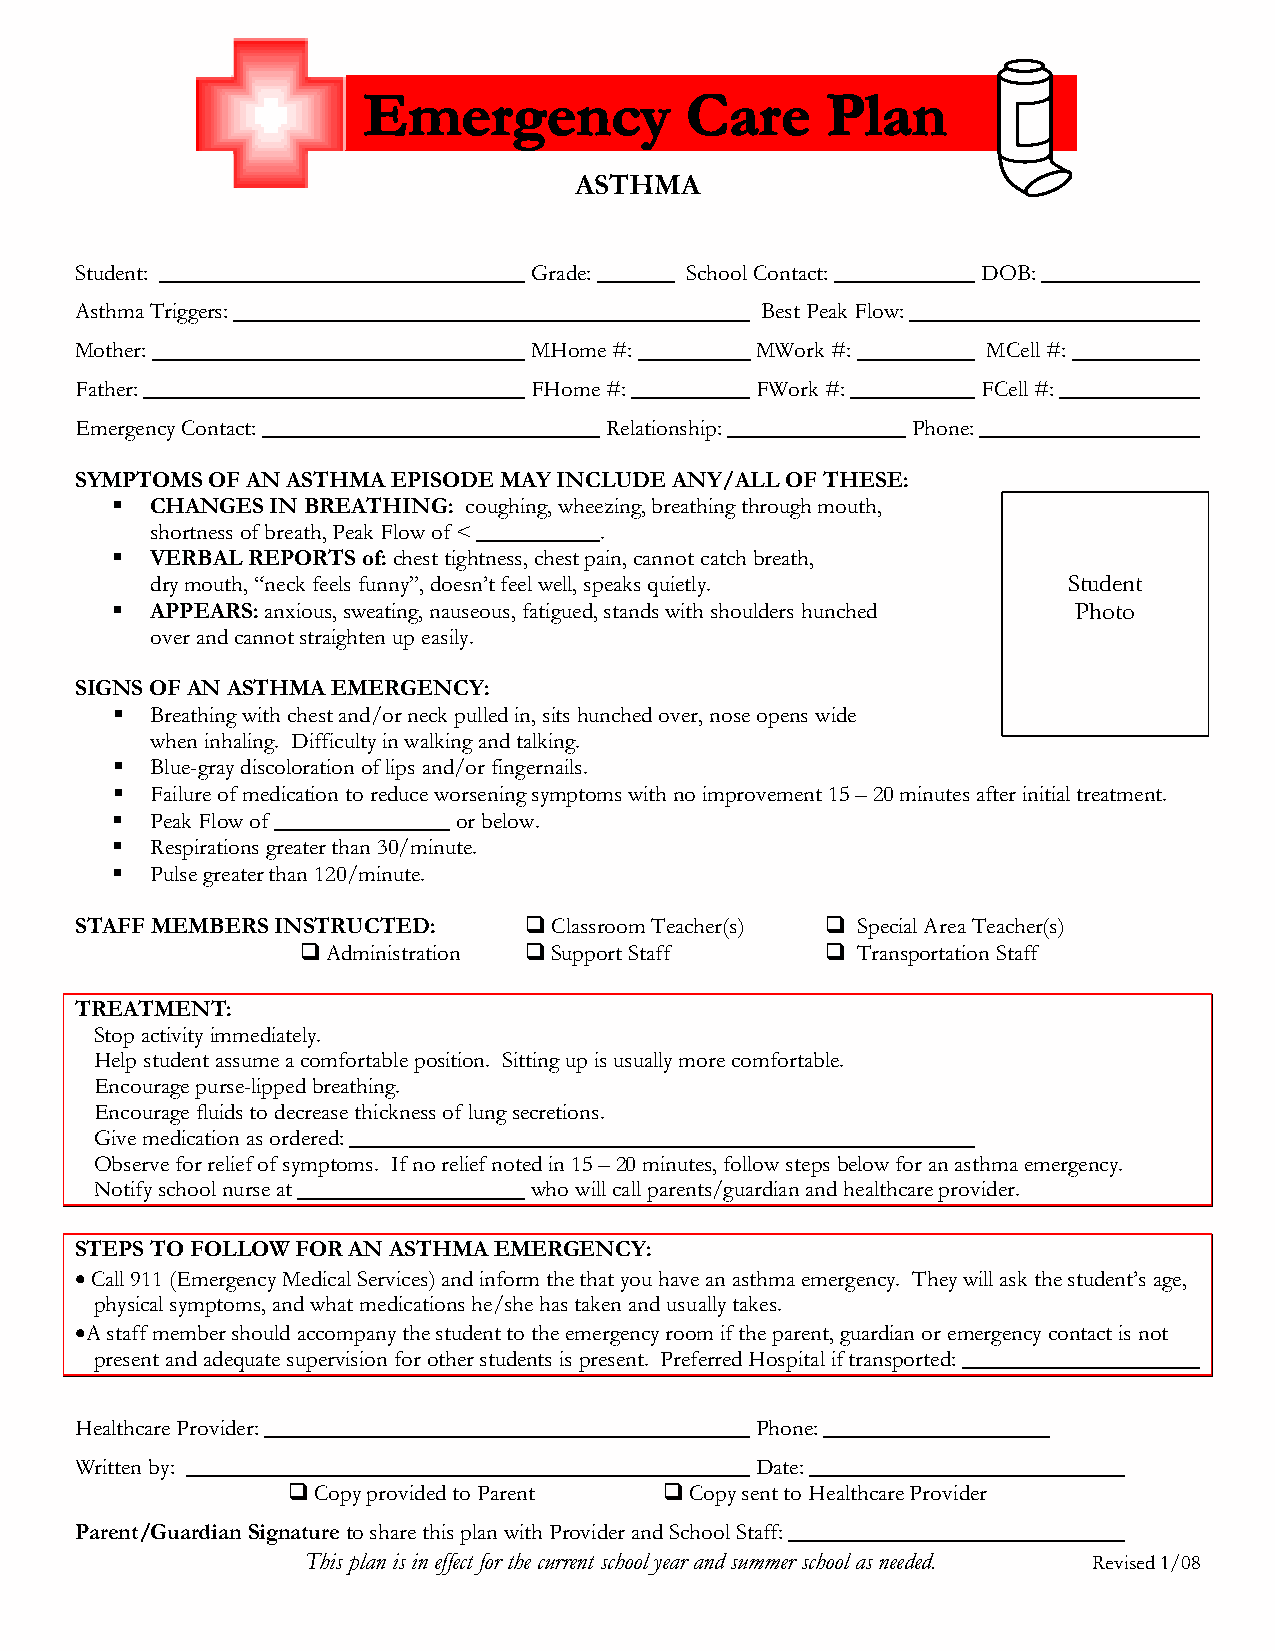
ASTHMA
 Student:                      Grade:    School Contact:     DOB:
 Asthma Triggers:                             Best Peak Flow:
 Mother:                       MHome #:       MWork #:       MCell #:
 Father:                       FHome #:       FWork #:       FCell #:
 Emergency Contact:                 Relationship:       Phone:
 SYMPTOMS OF AN ASTHMA EPISODE MAY INCLUDE ANY/ALL OF THESE:
   CHANGES IN BREATHING: coughing, wheezing, breathing through mouth,
 shortness of breath, Peak Flow of < .
   VERBAL REPORTS of: chest tightness, chest pain, cannot catch breath,
 dry mouth, “neck feels funny”, doesn’t feel well, speaks quietly. Student
   APPEARS: anxious, sweating, nauseous, fatigued, stands with shoulders hunched Photo
 over and cannot straighten up easily.
 SIGNS OF AN ASTHMA EMERGENCY:
   Breathing with chest and/or neck pulled in, sits hunched over, nose opens wide
 when inhaling. Difficulty in walking and talking.
   Blue-gray discoloration of lips and/or fingernails.
   Failure of medication to reduce worsening symptoms with no improvement 15 – 20 minutes after initial treatment.
   Peak Flow of        or below.
   Respirations greater than 30/minute.
   Pulse greater than 120/minute.
 STAFF MEMBERS INSTRUCTED:     Classroom Teacher(s)  Special Area Teacher(s)
 Administration Support Staff      Transportation Staff
 TREATMENT:
 Stop activity immediately.
 Help student assume a comfortable position. Sitting up is usually more comfortable.
 Encourage purse-lipped breathing.
 Encourage fluids to decrease thickness of lung secretions.
 Give medication as ordered:
 Observe for relief of symptoms. If no relief noted in 15 – 20 minutes, follow steps below for an asthma emergency.
 Notify school nurse at       who will call parents/guardian and healthcare provider.
 STEPS TO FOLLOW FOR AN ASTHMA EMERGENCY:
 •Call 911 (Emergency Medical Services) and inform the that you have an asthma emergency. They will ask the student’s age,
 physical symptoms, and what medications he/she has taken and usually takes.
 •A staff member should accompany the student to the emergency room if the parent, guardian or emergency contact is not
 present and adequate supervision for other students is present. Preferred Hospital if transported:
 Healthcare Provider:                         Phone:
 Written by:                                  Date:
 Copy provided to Parent Copy sent to Healthcare Provider
 Parent/Guardian Signature to share this plan with Provider and School Staff:
 This plan is in effect for the current school year and summer school as needed. Revised 1/08